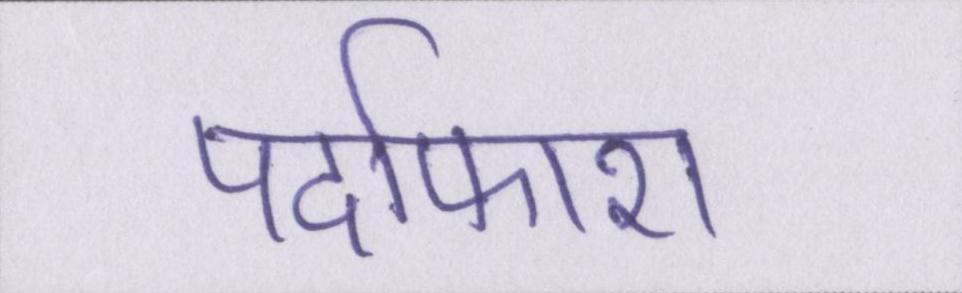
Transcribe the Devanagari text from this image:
पर्दाफाश